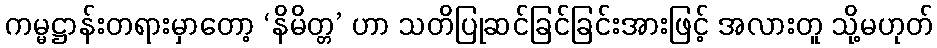
ကမ္မဋ္ဌာန်းတရားမှာတော့ ‘နိမိတ္တ’ ဟာ သတိပြုဆင်ခြင်ခြင်းအားဖြင့် အလားတူ သို့မဟုတ်